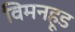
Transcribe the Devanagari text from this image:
विमनहूड